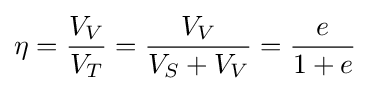
{\eta }={\frac {V_{V}}{V_{T}}}={\frac {V_{V}}{V_{S}+V_{V}}}={\frac {e}{1+e}}